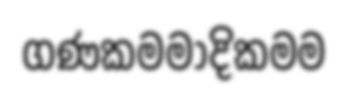
ගණකමමාදිකමම